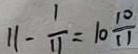
1 1 - \frac { 1 } { 1 1 } = 1 0 \frac { 1 0 } { 1 1 }